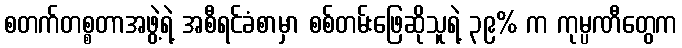
စတက်တစ္စတာအဖွဲ့ရဲ့ အစီရင်ခံစာမှာ စစ်တမ်းဖြေဆိုသူရဲ့ ၃၉% က ကုမ္ပဏီတွေက